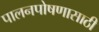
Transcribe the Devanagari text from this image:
पालनपोषणासाठी